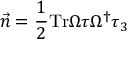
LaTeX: \vec { n } = { \frac { 1 } { 2 } } \mathrm { T r } \Omega \tau \Omega ^ { \dagger } \tau _ { 3 }